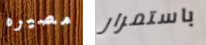
مصيره باستمرار